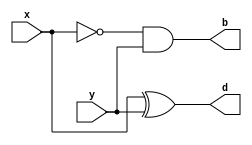
module Halfsubtracter(x, y, d, b);

	input	x, y;
	output	d, b;

	assign d = x^y;
	assign b = ~x&y;

endmodule